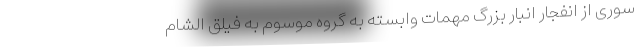
سوری از انفجار انبار بزرگ مهمات وابسته به گروه موسوم به فیلق الشام